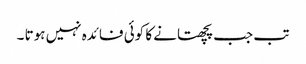
تب جب پچھتانے کا کوئی فائدہ نہیں ہوتا ۔